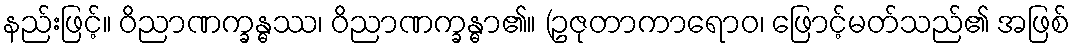
နည်းဖြင့်။ ဝိညာဏက္ခန္ဓဿ၊ ဝိညာဏက္ခန္ဓာ၏။ (ဥဇုတာကာရောဝ၊ ဖြောင့်မတ်သည်၏ အဖြစ်